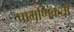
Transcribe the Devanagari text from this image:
प्रामणिकता